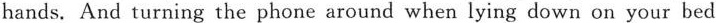
hands. And turning the phone around when lying down on your bed